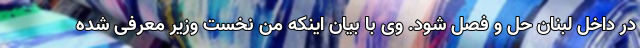
در داخل لبنان حل و فصل شود. وی با بیان اینکه من نخست وزیر معرفی شده